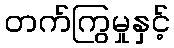
တက်ကြွမှုနှင့်